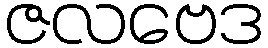
ဇလဗေဒ